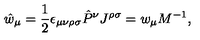
\hat { w } _ { \mu } = \frac { 1 } { 2 } \epsilon _ { \mu \nu \rho \sigma } \hat { P } ^ { \nu } J ^ { \rho \sigma } = w _ { \mu } M ^ { - 1 } ,